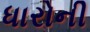
ધારોની